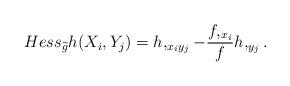
LaTeX: \begin{align*} Hess_{\widetilde{g}}h(X_i,Y_j)=h,_{x_iy_j}-\frac{f,_{x_i}}{f}h,_{y_j}.\end{align*}